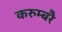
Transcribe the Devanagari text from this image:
करुम्बरै